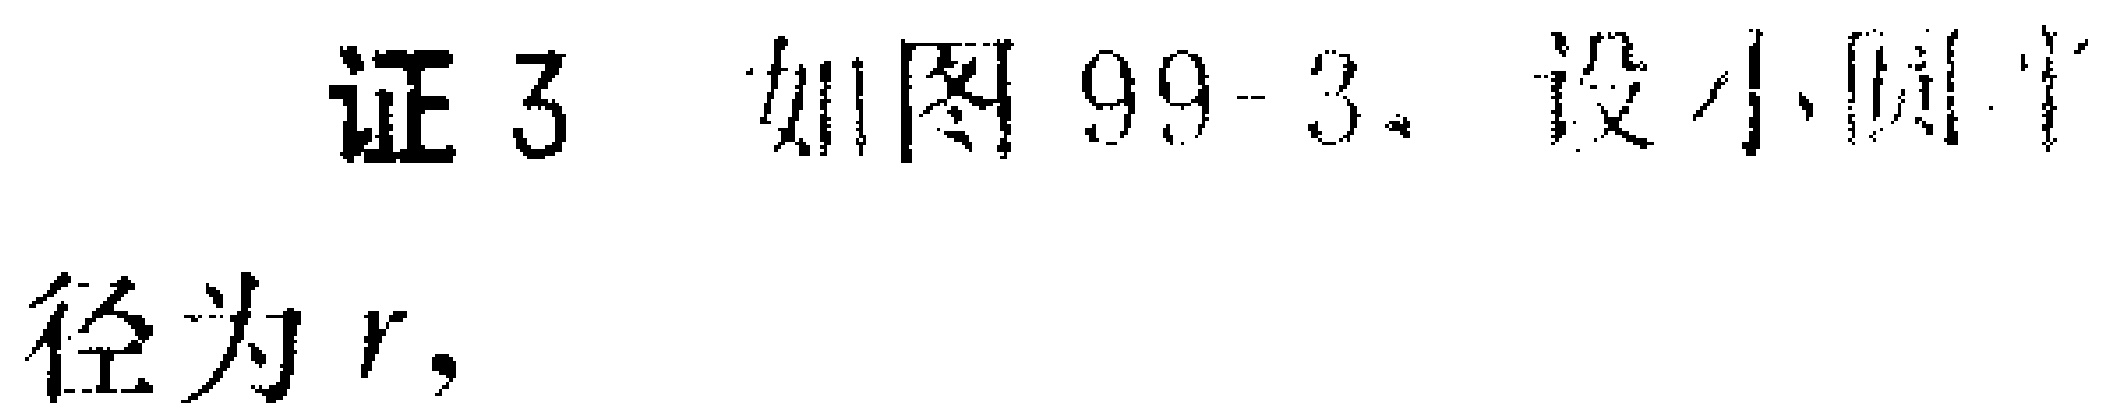
证3 如图99-3. 设小圆半径为\(r\)，